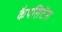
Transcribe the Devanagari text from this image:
कैपसिटेंस